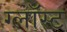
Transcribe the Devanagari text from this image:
ग्लॉस्ट